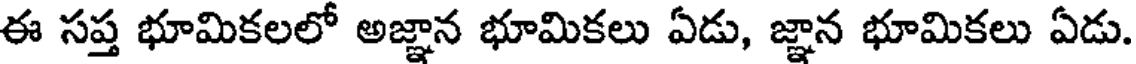
ఈ సప్త భూమికలలో అజ్ఞాన భూమికలు ఏడు, జ్ఞాన భూమికలు ఏడు.